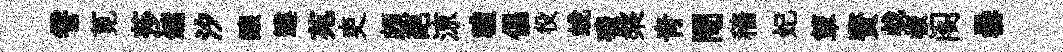
霅莧莎鏞汐醸違苑吏頗葩鿌禮倡役蛻礦槃靑閜穡妃簞贅㦸板阁罍